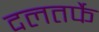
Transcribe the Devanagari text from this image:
दलतर्फे